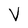
Character: V